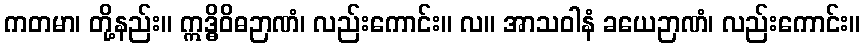
ကတမာ၊ တို့နည်း။ ဣဒ္ဓိဝိဓဉာဏံ၊ လည်းကောင်း။ လ။ အာသဝါနံ ခယေဉာဏံ၊ လည်းကောင်း။